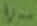
Text: V-